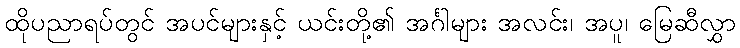
ထိုပညာရပ်တွင် အပင်များနှင့် ယင်းတို့၏ အင်္ဂါများ အလင်း၊ အပူ၊ မြေဆီလွှာ